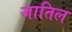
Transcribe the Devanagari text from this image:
जातिल